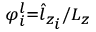
\scriptstyle { \varphi _ { i } ^ { l } = { \hat { l } } _ { z _ { i } } / L _ { z } }